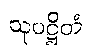
သုပဋ္ဌိတံ